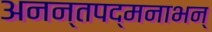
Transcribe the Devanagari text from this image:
अनन्तपद्मनाभन्